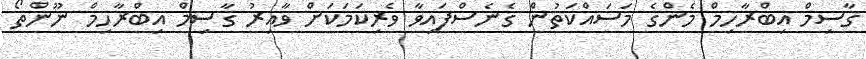
ގާސިމް އިބްރާހިމް މެންގެ މަސައްކަތުން ގެނެސްފައިވާ ވެރިކަމަކަށް ވާއިރު ގާސިމް އިބްރާހިމް ނޫންތޯ